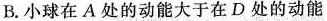
B.小球在A处的动能大于在D处的动能